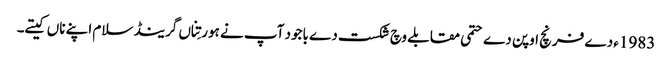
1983ء دے فرنچ اوپن دے حتمی مقابلے وچ شکست دے باجود آپ نے ہور تِناں گرینڈ سلام اپنے ناں کیتے۔